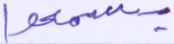
يسمعوا